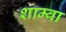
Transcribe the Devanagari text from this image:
शाम्वा